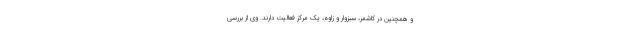
و همچنین در کاشمر، سبزوار و زاوه، یک مرکز فعالیت دارند. وی از بررسی